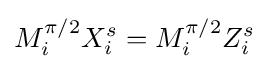
M_{i}^{\pi /2}X_{i}^{s}=M_{i}^{\pi /2}Z_{i}^{s}